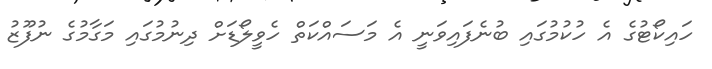
ހައިކޯޓުގެ އެ ހުކުމުގައި ބުނެފައިވަނީ އެ މަސައްކަތް ހެވީލޯޑަށް ދިނުމުގައި މަގާމުގެ ނުފޫޒު